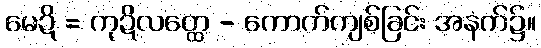
မေဍိ = ကုဍိလတ္ထေ - ကောက်ကျစ်ခြင်း အနက်၌။